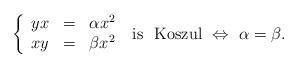
LaTeX: \begin{align*}\left\{ \begin{array}{lll}yx & = & \alpha x^2 \\ xy & = & \beta x^2\end{array}\right.\ \mbox{is \ Koszul}\ \Leftrightarrow \ \alpha = \beta.\end{align*}